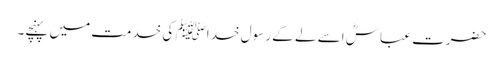
حضرت عباسؓ اسے لے کے رسول خد اﷺ کی خدمت میں پہنچے۔